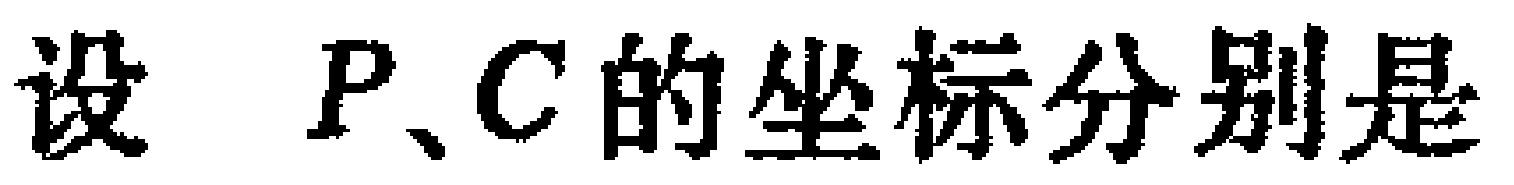
设 \(P、C\) 的坐标分别是